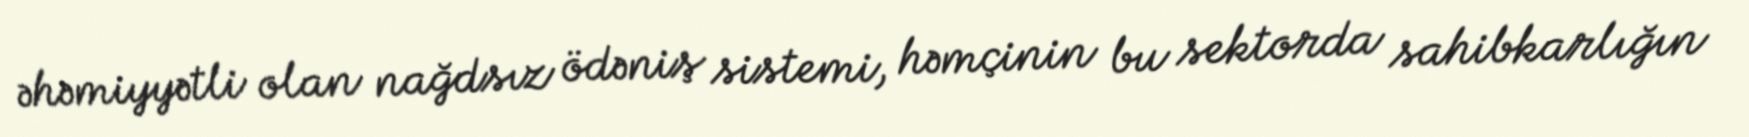
əhəmiyyətli olan nağdsız ödəniş sistemi, həmçinin bu sektorda sahibkarlığın